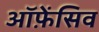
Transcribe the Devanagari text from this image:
ऑफ़ेंसिव